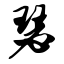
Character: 瑟